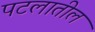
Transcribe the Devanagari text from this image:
पटलातील